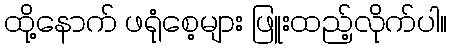
ထို့နောက် ဖရုံစေ့များ ဖြူးထည့်လိုက်ပါ။